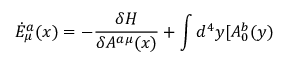
\dot { E } _ { \mu } ^ { a } ( x ) = - \frac { \delta H } { \delta A ^ { a \mu } ( x ) } + \int d ^ { 4 } y [ A _ { 0 } ^ { b } ( y )